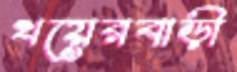
খয়েরবাড়ী